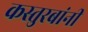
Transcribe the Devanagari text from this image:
कस्तुरबांनी